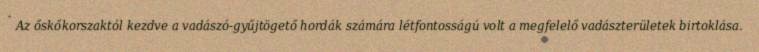
Az őskőkorszaktól kezdve a vadászó-gyűjtögető hordák számára létfontosságú volt a megfelelő vadászterületek birtoklása.